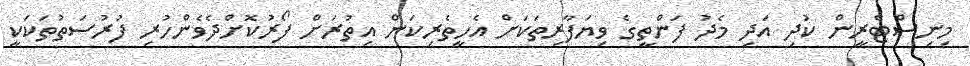
މިނިސްޓްރީން ކުދި އަދި މެދު ފަންތީގެ ވިޔަފާރިތަކަށް އެހީތެރިކަން އިތުރަށް ފޯރުކޮށްދެވެންހުރި ފުރުސަތުތަކަކީ